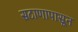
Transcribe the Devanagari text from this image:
सटाणापासून